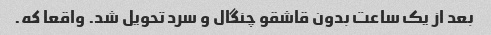
بعد از یک ساعت بدون قاشقو چنگال و سرد تحویل شد. واقعا که.